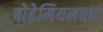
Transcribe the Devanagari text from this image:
बोहेमियनवाद